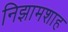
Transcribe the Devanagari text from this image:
निझामशाह